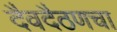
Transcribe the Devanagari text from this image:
दैवदैठणचा